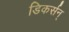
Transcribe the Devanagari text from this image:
डिकर्सन्